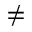
\neq